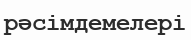
рәсімдемелері